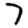
Digit: 7